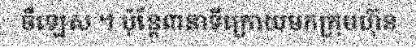
ចឺឡេស ។ ប៉ុន្តែ៣នាទីក្រោយមកក្រុមហ៊ុន